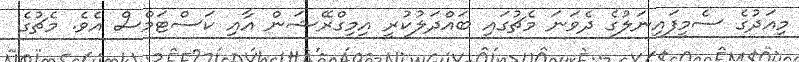
މިއަދުގެ ސެމީފައިނަލުގެ ދެވަނަ މެޗުގައި ބައްދަލުކުރީ އިމިގްރޭޝަން އާއި ކަސްޓަމްސް އެވެ. މެޗުގެ